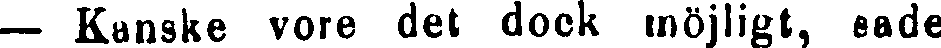
— Kanske vore det dock möjligt, sade